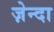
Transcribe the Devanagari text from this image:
ज़ेन्दा